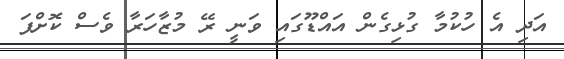
އަދި އެ ހުކުމާ ގުޅިގެން އައްޑޫގައި ވަނީ ރޭ މުޒާހަރާ ވެސް ކޮށްފަ